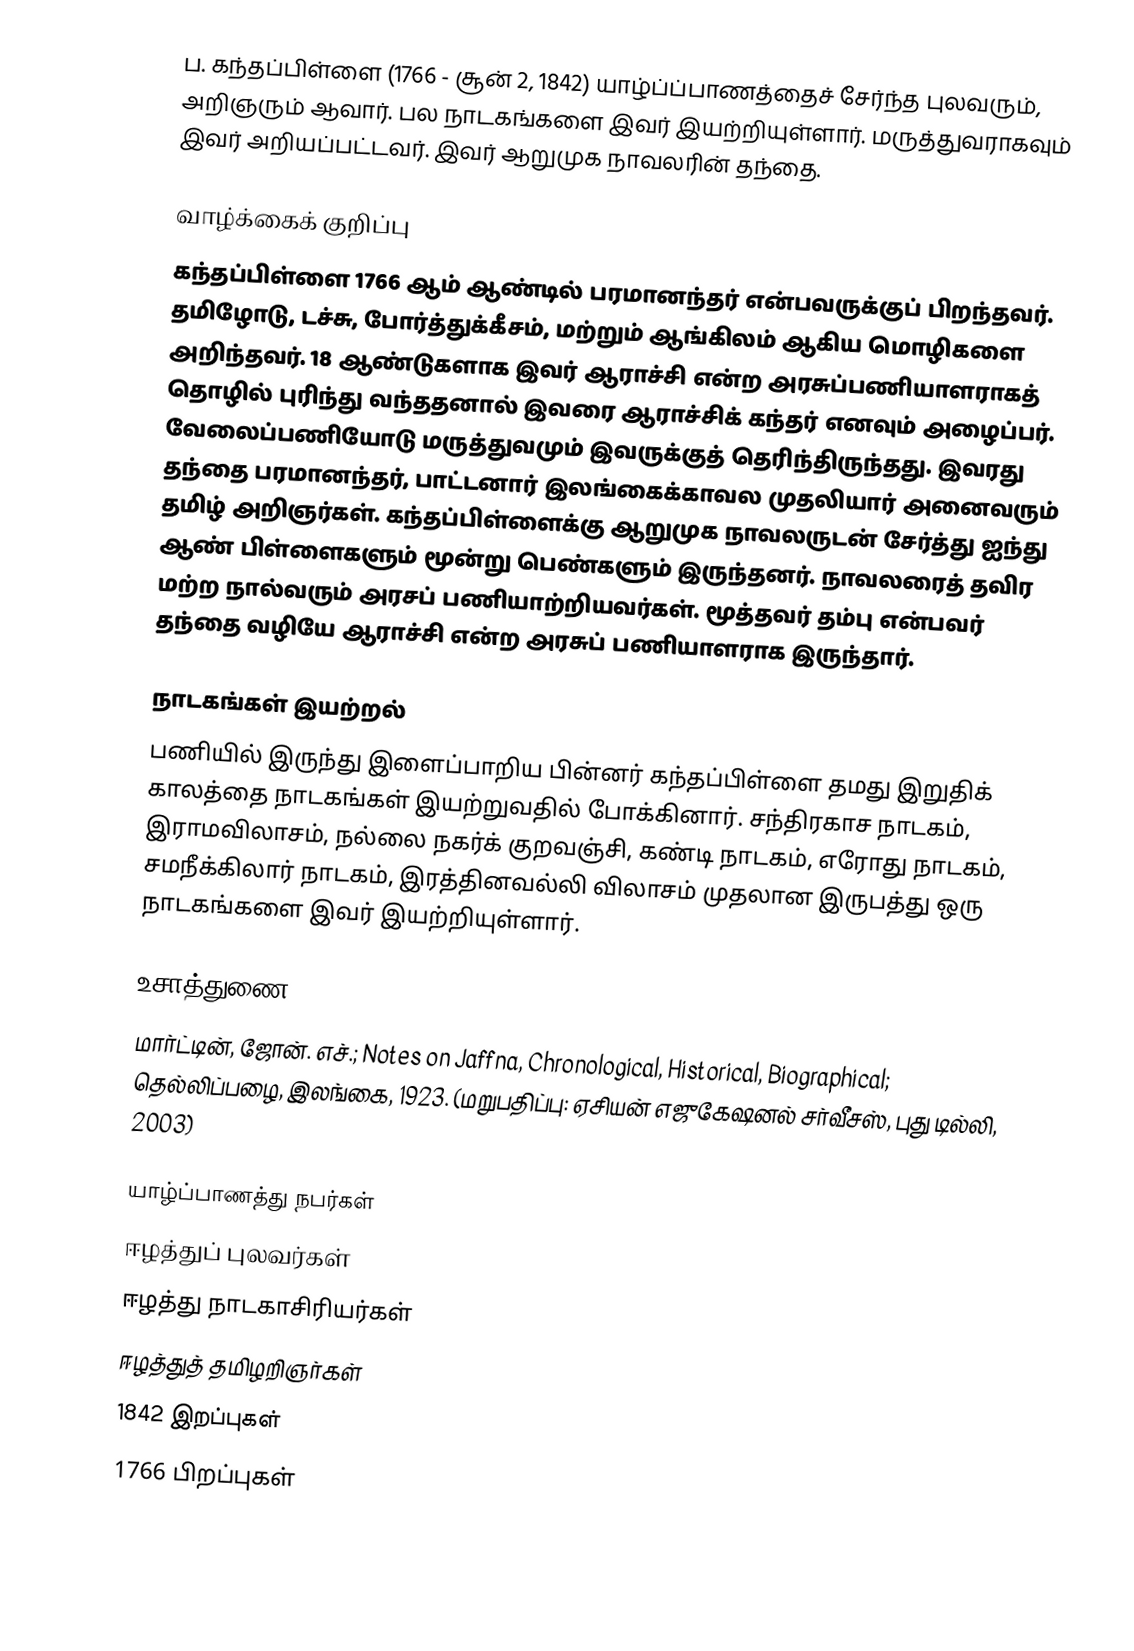
ப. கந்தப்பிள்ளை (1766 - சூன் 2, 1842) யாழ்ப்ப்பாணத்தைச் சேர்ந்த புலவரும், அறிஞரும் ஆவார். பல நாடகங்களை இவர் இயற்றியுள்ளார். மருத்துவராகவும் இவர் அறியப்பட்டவர். இவர் ஆறுமுக நாவலரின் தந்தை.

வாழ்க்கைக் குறிப்பு
கந்தப்பிள்ளை 1766 ஆம் ஆண்டில் பரமானந்தர் என்பவருக்குப் பிறந்தவர். தமிழோடு, டச்சு, போர்த்துக்கீசம், மற்றும் ஆங்கிலம் ஆகிய மொழிகளை அறிந்தவர். 18 ஆண்டுகளாக இவர் ஆராச்சி என்ற அரசுப்பணியாளராகத் தொழில் புரிந்து வந்ததனால் இவரை ஆராச்சிக் கந்தர் எனவும் அழைப்பர். வேலைப்பணியோடு மருத்துவமும் இவருக்குத் தெரிந்திருந்தது. இவரது தந்தை பரமானந்தர், பாட்டனார் இலங்கைக்காவல முதலியார் அனைவரும் தமிழ் அறிஞர்கள். கந்தப்பிள்ளைக்கு ஆறுமுக நாவலருடன் சேர்த்து ஐந்து ஆண் பிள்ளைகளும் மூன்று பெண்களும் இருந்தனர். நாவலரைத் தவிர மற்ற நால்வரும் அரசப் பணியாற்றியவர்கள். மூத்தவர் தம்பு என்பவர் தந்தை வழியே ஆராச்சி என்ற அரசுப் பணியாளராக இருந்தார்.

நாடகங்கள் இயற்றல்
பணியில் இருந்து இளைப்பாறிய பின்னர் கந்தப்பிள்ளை தமது இறுதிக் காலத்தை நாடகங்கள் இயற்றுவதில் போக்கினார். சந்திரகாச நாடகம், இராமவிலாசம், நல்லை நகர்க் குறவஞ்சி, கண்டி நாடகம், எரோது நாடகம், சமநீக்கிலார் நாடகம், இரத்தினவல்லி விலாசம் முதலான இருபத்து ஒரு நாடகங்களை இவர் இயற்றியுள்ளார்.

உசாத்துணை
மார்ட்டின், ஜோன். எச்.; Notes on Jaffna, Chronological, Historical, Biographical; தெல்லிப்பழை, இலங்கை, 1923. (மறுபதிப்பு: ஏசியன் எஜுகேஷனல் சர்வீசஸ், புது டில்லி, 2003)

யாழ்ப்பாணத்து நபர்கள்
ஈழத்துப் புலவர்கள்
ஈழத்து நாடகாசிரியர்கள்
ஈழத்துத் தமிழறிஞர்கள்
1842 இறப்புகள்
1766 பிறப்புகள்